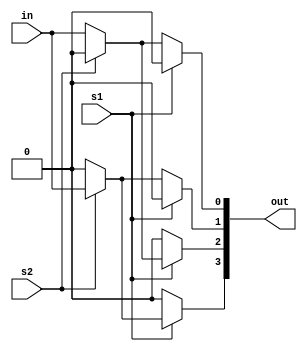
module demux(input in,
             input s1=0,s2=0,
             output [3:0]out);
 
  assign out[3]=s1?(s2?in:0):0;
  assign out[2]=s1?(s2?0:in):0;
  assign out[1]=s1?0:(s2?in:0);
  assign out[0]=s1?0:(s2?0:in);

endmodule